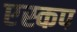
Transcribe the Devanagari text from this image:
एस्कप